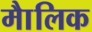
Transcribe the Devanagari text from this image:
माैलिक